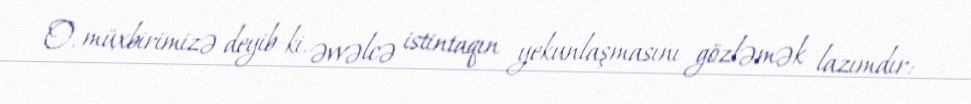
O, müxbirimizə deyib ki, əvvəlcə istintaqın yekunlaşmasını gözləmək lazımdır: